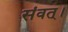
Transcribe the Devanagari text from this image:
संवत्‌।